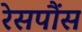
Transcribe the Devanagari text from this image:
रेसपौंस